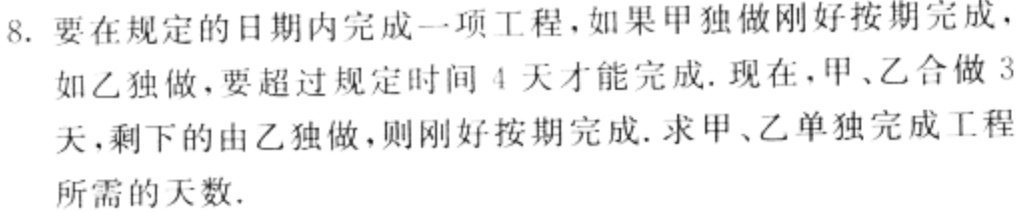
8. 要在规定的日期内完成一项工程，如果甲独做刚好按期完成，如乙独做，要超过规定时间 4 天才能完成. 现在，甲、乙合做 3天，剩下的由乙独做，则刚好按期完成. 求甲、乙单独完成工程所需的天数.